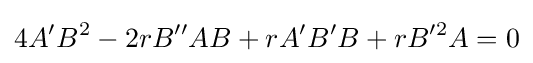
4A'B^{2}-2rB''AB+rA'B'B+rB'^{2}A=0